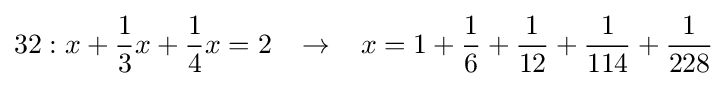
32:x+{\frac {1}{3}}x+{\frac {1}{4}}x=2\;\;\;\rightarrow \;\;\;x=1+{\frac {1}{6}}+{\frac {1}{12}}+{\frac {1}{114}}+{\frac {1}{228}}